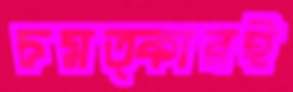
চমত্কারই